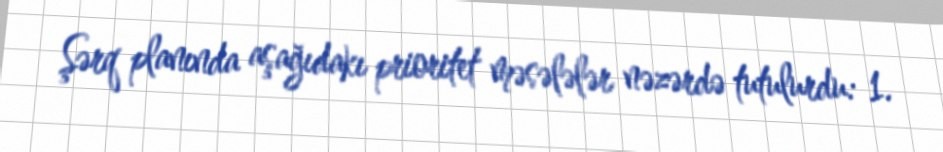
Şərq planında aşağıdakı prioritet məsələlər nəzərdə tutulurdu: 1.